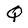
Character: Q